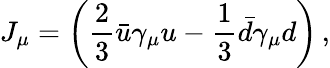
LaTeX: J_{\mu}=\left(\frac 2{3}\bar{u}\gamma_{\mu}u-\frac 1{3}\bar{d}\gamma_{\mu}d\right)\, ,